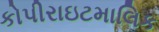
કોપીરાઇટમાલિક